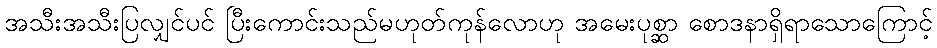
အသီးအသီးပြလျှင်ပင် ပြီးကောင်းသည်မဟုတ်ကုန်လောဟု အမေးပုစ္ဆာ စောဒနာရှိရာသောကြောင့်